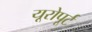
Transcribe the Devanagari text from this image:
यूरोपूर्ट